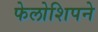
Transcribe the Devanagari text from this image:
फेलोशिपने